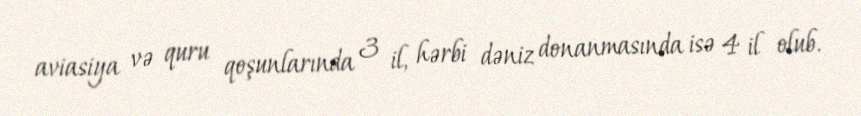
aviasiya və quru qoşunlarında 3 il, hərbi dəniz donanmasında isə 4 il olub.